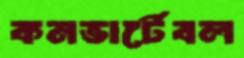
কনভার্টেবল